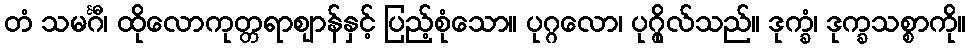
တံ သမင်္ဂီ၊ ထိုလောကုတ္တရာဈာန်နှင့် ပြည့်စုံသော။ ပုဂ္ဂလော၊ ပုဂ္ဂိုလ်သည်။ ဒုက္ခံ၊ ဒုက္ခသစ္စာကို။